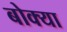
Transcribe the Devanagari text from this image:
बोक्या